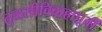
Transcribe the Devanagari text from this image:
तुळसीविवाहापूर्वी